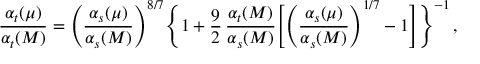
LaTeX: { \frac { \alpha _ { t } ( \mu ) } { \alpha _ { t } ( M ) } } = \Bigg ( { \frac { \alpha _ { s } ( \mu ) } { \alpha _ { s } ( M ) } } \Bigg ) ^ { 8 / 7 } \Bigg \{ 1 + { \frac { 9 } { 2 } } \, { \frac { \alpha _ { t } ( M ) } { \alpha _ { s } ( M ) } } \Bigg [ \Bigg ( { \frac { \alpha _ { s } ( \mu ) } { \alpha _ { s } ( M ) } } \Bigg ) ^ { 1 / 7 } - 1 \Bigg ] \Bigg \} ^ { - 1 } \, ,